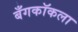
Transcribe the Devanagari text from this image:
बँगकॉकला